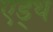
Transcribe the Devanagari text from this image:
एड्थ